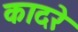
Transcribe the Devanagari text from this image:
कादरे